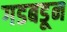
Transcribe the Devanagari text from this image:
गडबडून